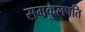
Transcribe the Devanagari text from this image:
समकुलपति